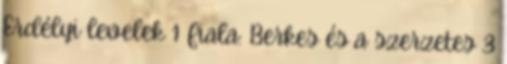
Erdélyi levelek 1 Fiala: Berkes és a szerzetes 3